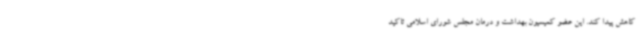
کاهش پیدا کند. این عضو کمیسیون بهداشت و درمان مجلس شورای اسلامی تاکید